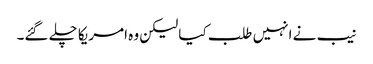
نیب نے انہیں طلب کیا لیکن وہ امریکا چلے گئے۔